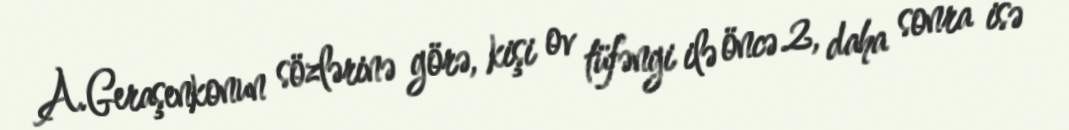
A.Geraşenkonun sözlərinə görə, kişi ov tüfəngi ilə öncə 2, daha sonra isə